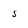
Character: 5